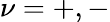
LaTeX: \nu=+,-